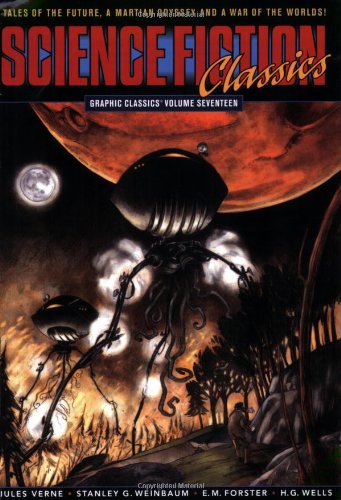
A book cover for Graphic Classics Volume 17: Science Fiction Classics (Graphic Classics (Graphic Novels)); H. G. Wells; Comics & Graphic Novels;